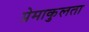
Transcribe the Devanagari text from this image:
प्रेमाकुलता